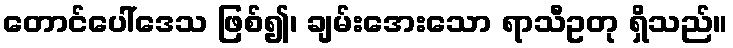
တောင်ပေါ်ဒေသ ဖြစ်၍၊ ချမ်းအေးသော ရာသီဥတု ရှိသည်။